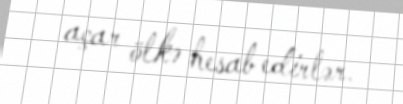
açar ölkə hesab edirlər.